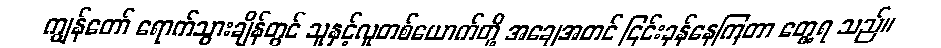
ကျွန်တော် ရောက်သွားချိန်တွင် သူနှင့်လူတစ်ယောက်တို့ အချေအတင် ငြင်းခုန်နေကြတာ တွေ့ရ သည်။